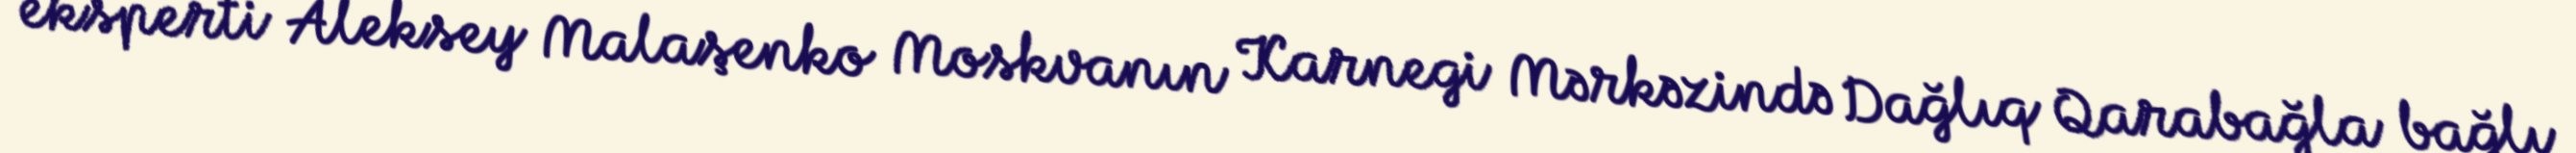
eksperti Aleksey Malaşenko Moskvanın Karnegi Mərkəzində Dağlıq Qarabağla bağlı